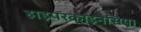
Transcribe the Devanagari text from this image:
हाइपरकाइनेसिया